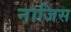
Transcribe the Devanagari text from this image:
नाजिस